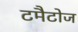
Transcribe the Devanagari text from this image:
टमैटोज